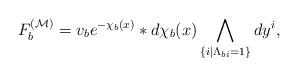
LaTeX: \begin{align*} F_b^{({\cal M})}=v_be^{-\chi_b(x)}\ast d\chi_b(x)\bigwedge_{\{i|\Lambda_{bi}=1\}} dy^i,\end{align*}